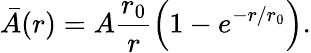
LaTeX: \bar{A}(r)=A\frac{r_{0}}{r}\left(1-e^{-r/r_{0}}\right).